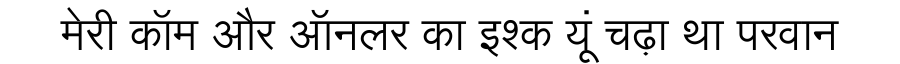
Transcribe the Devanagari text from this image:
मेरी कॉम और ऑनलर का इश्क यूं चढ़ा था परवान